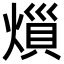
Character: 𪹟